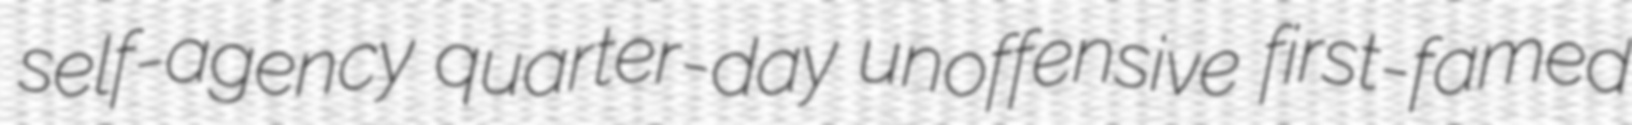
self-agency quarter-day unoffensive first-famed